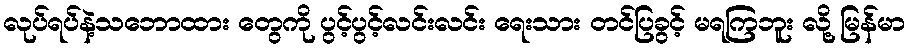
လုပ်ရပ်နဲ့သဘောထား တွေကို ပွင့်ပွင့်လင်းလင်း ရေးသား တင်ပြခွင့် မရကြဘူး လို့ မြန်မာ